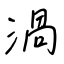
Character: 渦